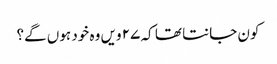
کون جانتا تھا کہ ۲۷ ویں وہ خود ہوں گے؟